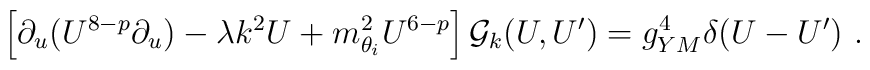
\left[ \partial_u( U^{8-p} \partial_u) -\lambda k^2 U + m_{\theta_i}^2 U^{6-p} \right]       {\cal G}_k(U,U^\prime) = g_{YM}^4 \delta(U-U^\prime)~.